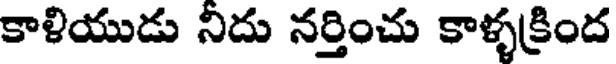
కాళియుడు నిదు నర్తించు కాళ్ళక్రింద